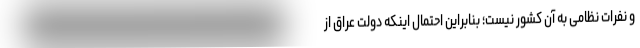
و نفرات نظامی به آن کشور نیست؛ بنابراین احتمال اینکه دولت عراق از